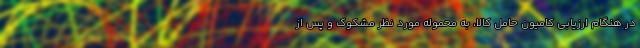
در هنگام ارزیابی کامیون حامل کالا، به محموله مورد نظر مشکوک و پس از